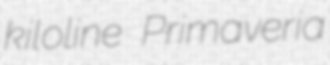
kiloline Primaveria